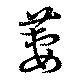
萋